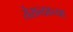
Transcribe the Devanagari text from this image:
तेराव्याच्या